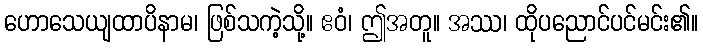
ဟောသေယျထာပိနာမ၊ ဖြစ်သကဲ့သို့။ ဧဝံ၊ ဤအတူ။ အဿ၊ ထိုပညောင်ပင်မင်း၏။